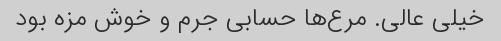
خیلی عالی. مرع‌ها حسابی جرم و خوش مزه بود